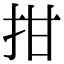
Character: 拑